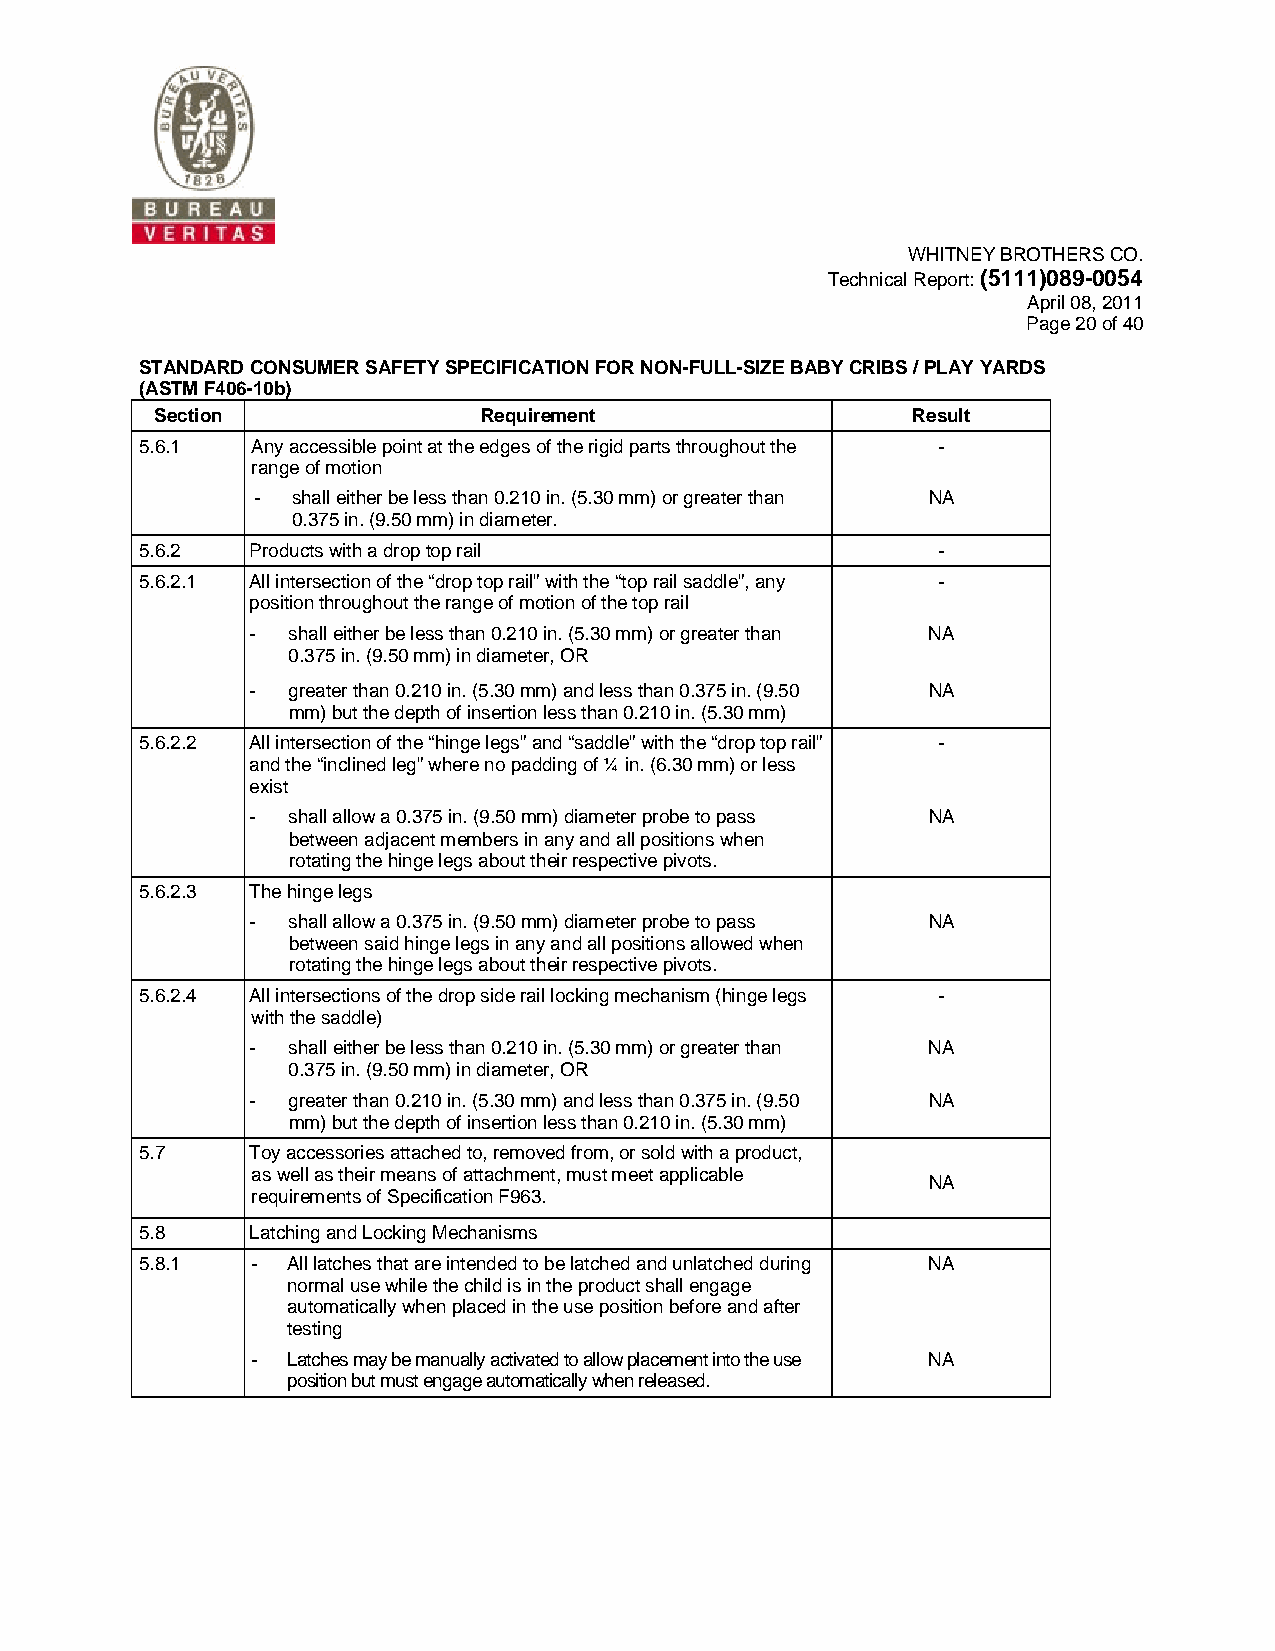
WHITNEY BROTHERS CO.
 Technical Report: (5111)089-0054
 April 08, 2011
 Page 20 of 40
 STANDARD CONSUMER SAFETY SPECIFICATION FOR NON-FULL-SIZE BABY CRIBS / PLAY YARDS
 (ASTM F406-10b)
 Section               Requirement                 Result
 5.6.1   Any accessible point at the edges of the rigid parts throughout the -
 range of motion
 - shall either be less than 0.210 in. (5.30 mm) or greater than NA
 0.375 in. (9.50 mm) in diameter.
 5.6.2  Products with a drop top rail                 -
 5.6.2.1 All intersection of the “drop top rail” with the “top rail saddle”, any -
 position throughout the range of motion of the top rail
 - shall either be less than 0.210 in. (5.30 mm) or greater than NA
 0.375 in. (9.50 mm) in diameter, OR
 - greater than 0.210 in. (5.30 mm) and less than 0.375 in. (9.50 NA
 mm) but the depth of insertion less than 0.210 in. (5.30 mm)
 5.6.2.2 All intersection of the “hinge legs” and “saddle” with the “drop top rail” -
 and the “inclined leg” where no padding of ¼ in. (6.30 mm) or less
 exist
 - shall allow a 0.375 in. (9.50 mm) diameter probe to pass NA
 between adjacent members in any and all positions when
 rotating the hinge legs about their respective pivots.
 5.6.2.3 The hinge legs
 - shall allow a 0.375 in. (9.50 mm) diameter probe to pass NA
 between said hinge legs in any and all positions allowed when
 rotating the hinge legs about their respective pivots.
 5.6.2.4 All intersections of the drop side rail locking mechanism (hinge legs -
 with the saddle)
 - shall either be less than 0.210 in. (5.30 mm) or greater than NA
 0.375 in. (9.50 mm) in diameter, OR
 - greater than 0.210 in. (5.30 mm) and less than 0.375 in. (9.50 NA
 mm) but the depth of insertion less than 0.210 in. (5.30 mm)
 5.7    Toy accessories attached to, removed from, or sold with a product,
 as well as their means of attachment, must meet applicable
 NA
 requirements of Specification F963.
 5.8    Latching and Locking Mechanisms
 5.8.1   - All latches that are intended to be latched and unlatched during NA
 normal use while the child is in the product shall engage
 automatically when placed in the use position before and after
 testing
 - Latches may be manually activated to allow placement into the use NA
 position but must engage automatically when released.